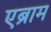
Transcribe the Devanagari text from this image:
एब्राम